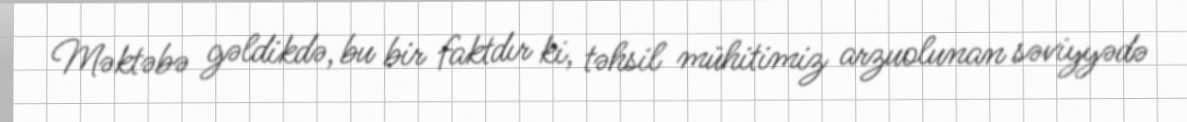
Məktəbə gəldikdə, bu bir faktdır ki, təhsil mühitimiz arzuolunan səviyyədə